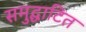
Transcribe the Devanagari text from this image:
समुद्घाटित